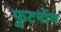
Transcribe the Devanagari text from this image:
फुटपॉथ